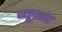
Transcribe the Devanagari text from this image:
ब्यूमांट